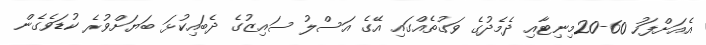
އެއަށްފަހު 60-20މިނިޓާއި ދެމެދުގެ ވަގުތެއްގައި އޭގެ އަސްލު ސައިޒުގެ ދެބައިކުޅަ ބަޔަށްވުރެ ކުޑަވެގެން